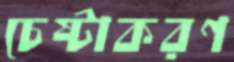
চেষ্টাকরণ